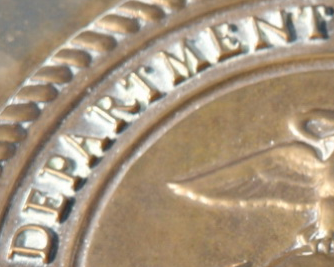
DEPARTMENT